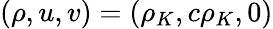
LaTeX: (\rho,u,v)=(\rho_{K},c\rho_{K},0)